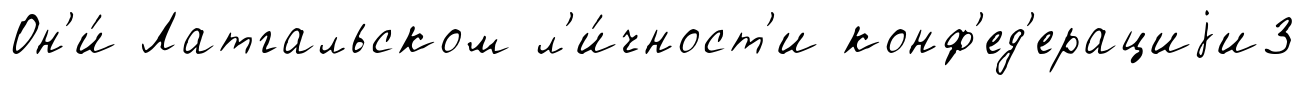
Он'и́ Латгальском л'и́чност'и конф'ед'ерациjи3